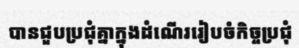
បានជួបប្រជុំគ្នាក្នុងដំណើររៀបចំកិច្ចប្រជុំ